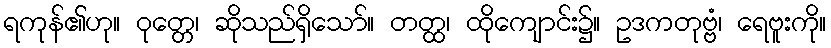
ရကုန်၏ဟု။ ဝုတ္တေ၊ ဆိုသည်ရှိသော်။ တတ္ထ၊ ထိုကျောင်း၌။ ဥဒကတုဗ္ဗံ၊ ရေဗူးကို။